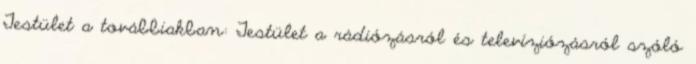
Testület a továbbiakban: Testület a rádiózásról és televíziózásról szóló